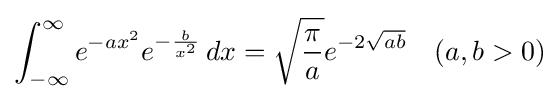
\int _{-\infty }^{\infty }e^{-ax^{2}}e^{-{\frac {b}{x^{2}}}}\,dx={\sqrt {\frac {\pi }{a}}}e^{-2{\sqrt {ab}}}\quad (a,b>0)